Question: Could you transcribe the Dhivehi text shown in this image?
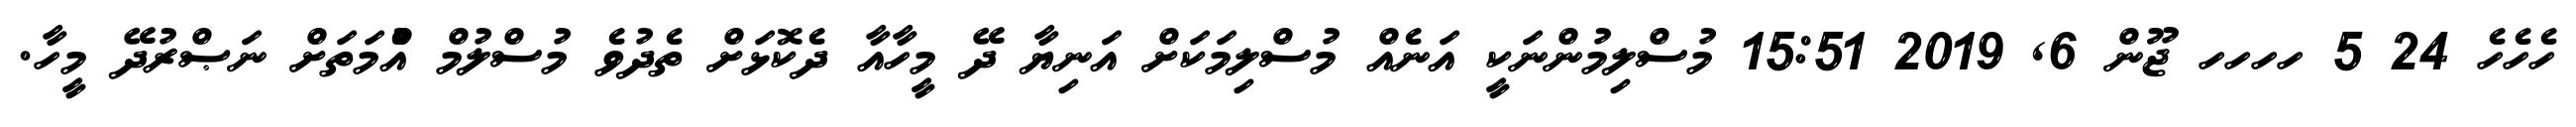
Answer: ހެހެހެ 24 5 ހހހހ ޖޫން 6, 2019 15:51 މުސްލިމުންނަކީ އަނެއް މުސްލިމަކަށް އަނިޔާ ދޭ މީހާއާ ދެކޮޅަށް ތެދުވެ މުސްލުމް އުެްމަތަށް ނަޞްރުދޭ މީހާ.